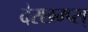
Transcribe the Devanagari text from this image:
देस्छम्प्स्